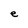
Character: e